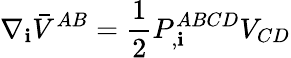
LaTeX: \nabla_{\mathbf{i}}\bar{{V}}^{AB}={\frac{{1}}{{2}}}P_{,\mathbf{i}}^{ABCD}V_{CD}